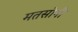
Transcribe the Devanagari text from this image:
मतसोनी